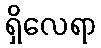
ရှိလေရာ